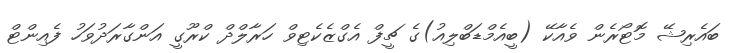
ބައެރިޝޭ މޮޓޯރެން ވެއާކޭ (ބީއެމްޑަބްލިއު)ގެ ޗީފް އެގްޒެކެޓިވް ހަރާލްދް ކްރޫގީ އަންގާރަދުވަހު ފެއިންޓް